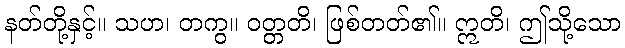
နတ်တို့နှင့်။ သဟ၊ တကွ။ ဝတ္တတိ၊ ဖြစ်တတ်၏။ ဣတိ၊ ဤသို့သော